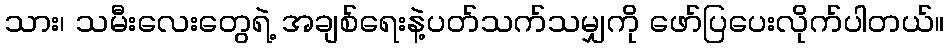
သား၊ သမီးလေးတွေရဲ့ အချစ်ရေးနဲ့ပတ်သက်သမျှကို ဖော်ပြပေးလိုက်ပါတယ်။